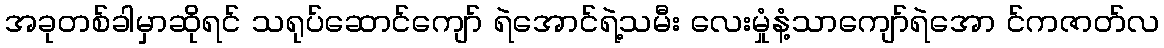
အခုတစ်ခါမှာဆိုရင် သရုပ်ဆောင်ကျော် ရဲအောင်ရဲ့သမီး လေးမှုံနံ့သာကျော်ရဲအော င်ကဇာတ်လ